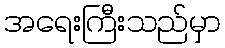
အရေးကြီးသည်မှာ